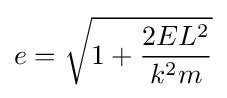
e={\sqrt {1+{\frac {2EL^{2}}{k^{2}m}}}}